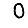
Digit: 0